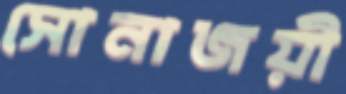
সোনাজয়ী